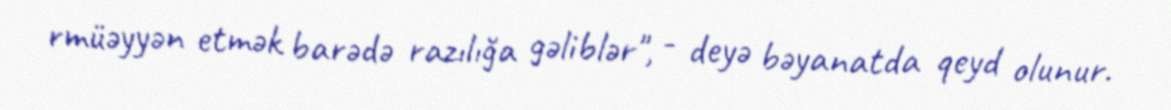
rmüəyyən etmək barədə razılığa gəliblər", - deyə bəyanatda qeyd olunur.